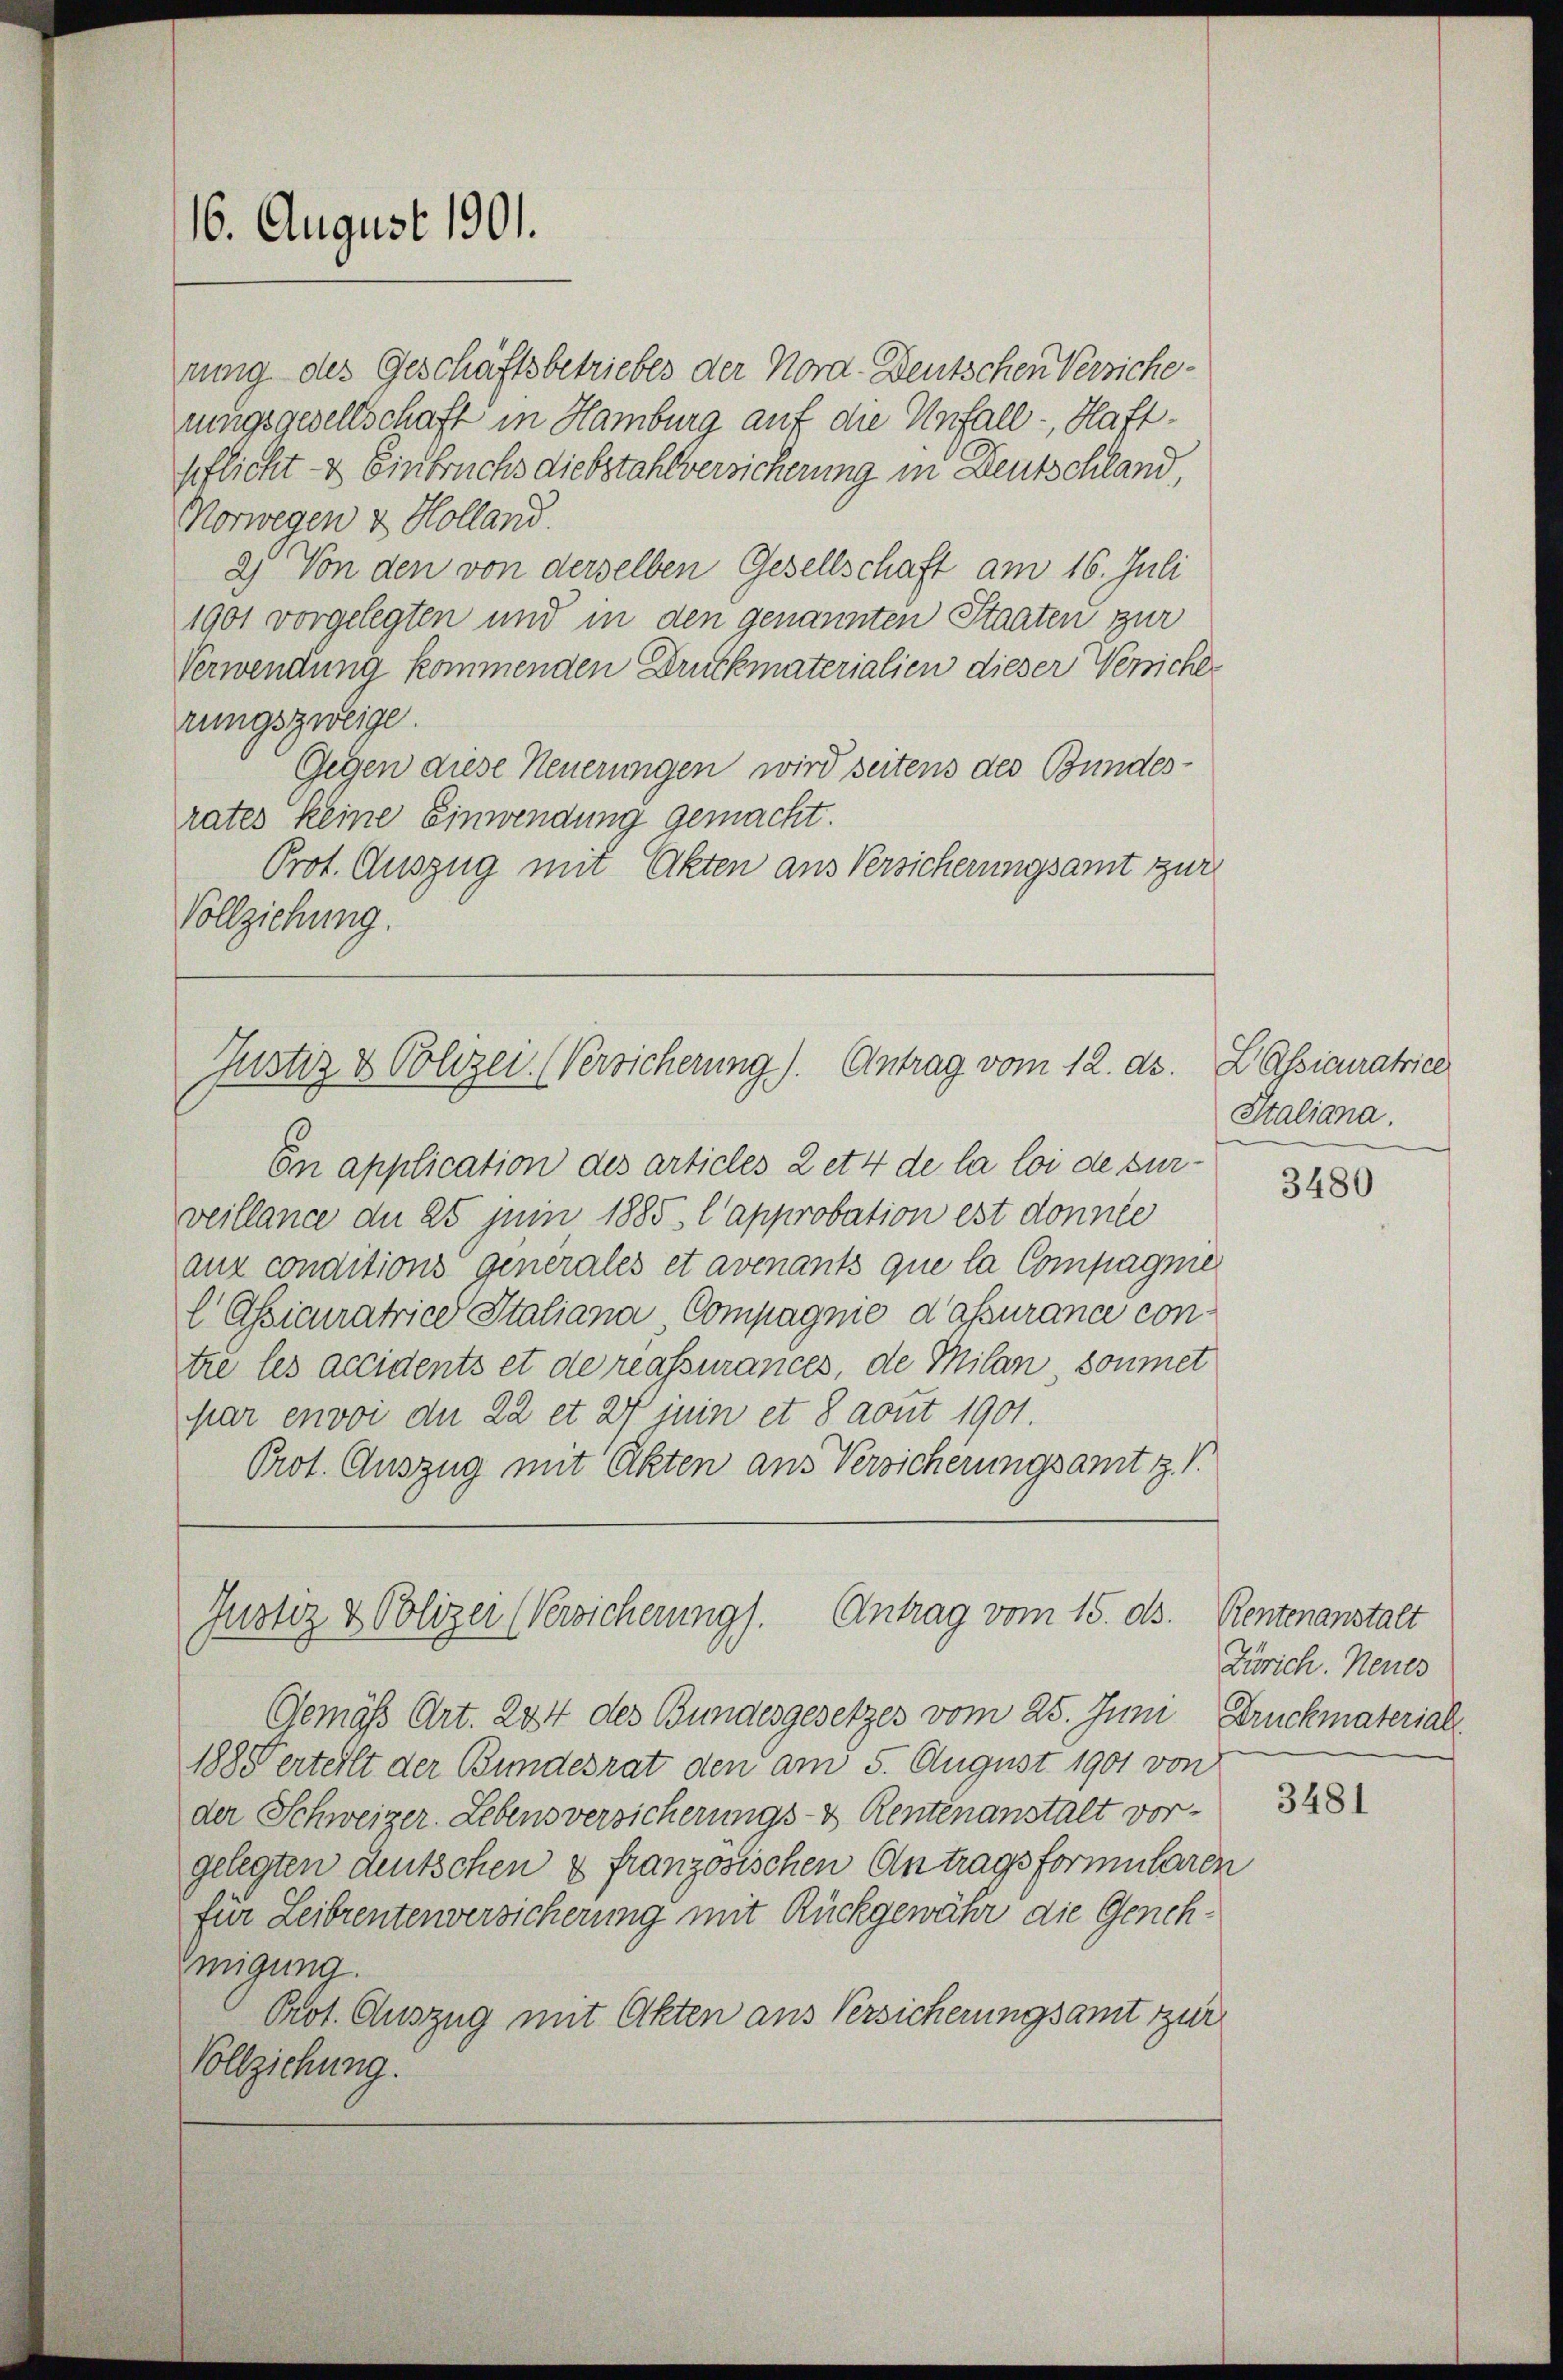
16. August 1901.

Justiz & Polizei. (Versicherung). Antrag vom 12. ds. Passicuratrice

En application des articles 2 et 4 de la loi de surveillance du 25 juni 1885, l’approbation est donnée
aux conditions generales et avenants que la Compagnie
l Ossicuratrice Italiana Compagnie d’assurance contre les accidents et de reassurances, de Milan, soumet
par envoi der 22 et 27 juin et 8 aout 1901.
Prot. Auszug mit Akten aus Versicherungsamt z. B.

rung des Geschäftsbetriebes der Nora-Deutschen Versicherungsgesellschaft in Hamburg auf die Unfall - Haftpflicht & Einbruchsdiebstahlversicherung in Deutschland,
Norwegen & Holland.
2) Von den von derselben Gesellschaft am 16. Juli
1901 vorgelegten und in den genannten Staaten zur
Verwendung kommenden Druckmaterialien dieser Versiches
rungszweige.
Gegen diese Neuerungen wird seitens des Bundesrates keine Einwendung gemacht.
Prot. Auszug mit Akten aus Versicherungsamt zur
Vollziehung.

Justiz & Polizei (Versicherung). Antrag vom 15. ds. Rentenanstalt

Gemäß Art. 244 des Bundesgesetzes vom 25. Juni, Druckmaterial
188 Vertellt der Bundesrat den am 5. August 1901 von
der Schweizer. Lebens versicherungs- & Rentenanstalt vorgelegten deutschen 4 französischen Antragsformularen
für Leibrentenversicherung mit Rückgewähr die Genehmigung.
Prot. Auszug mit Akten aus Versicherungsamt zur
Vollziehung.

Italiana.

3480

Zürich. Neues

3481